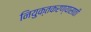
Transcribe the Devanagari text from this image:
नियुक्तकरण्यासाठी